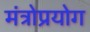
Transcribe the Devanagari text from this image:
मंत्रोप्रयोग